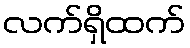
လက်ရှိထက်